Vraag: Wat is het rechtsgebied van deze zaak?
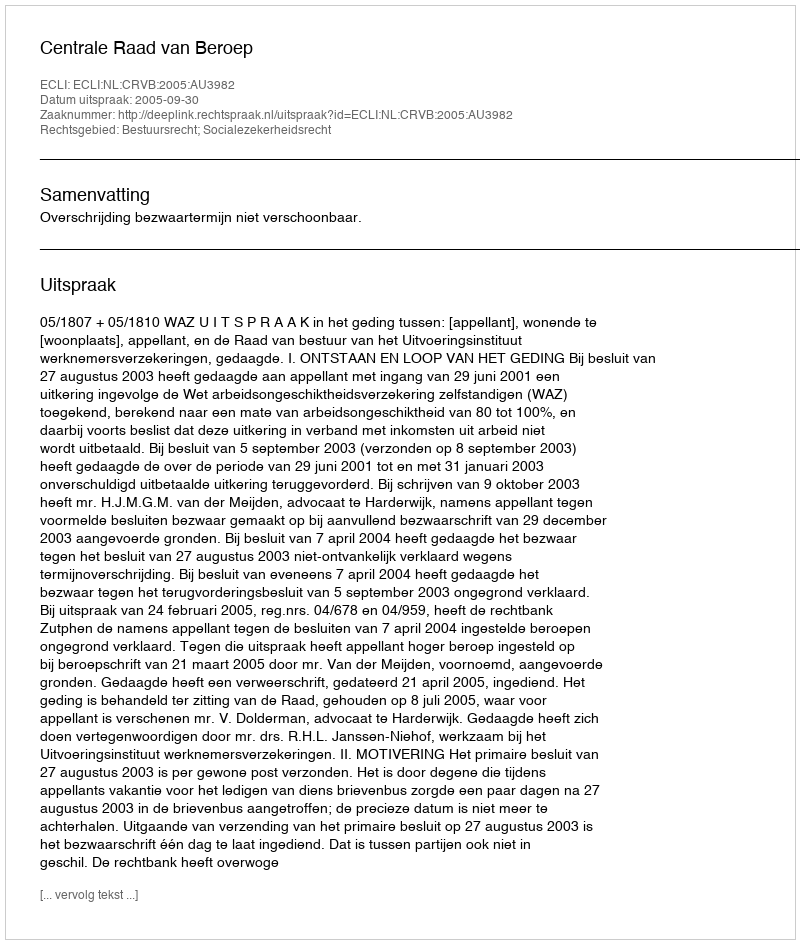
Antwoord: Bestuursrecht; Socialezekerheidsrecht